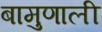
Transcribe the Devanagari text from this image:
बामुणाली